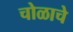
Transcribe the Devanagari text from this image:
चोळाचे